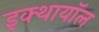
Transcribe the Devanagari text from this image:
इक्थायॉल